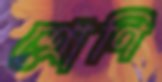
শ্রোণি